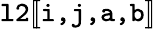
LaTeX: \texttt{l2}[\! [\texttt{i,j,a,b}]\! ]